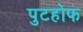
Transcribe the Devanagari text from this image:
पुटहोफ